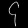
Digit: ၄